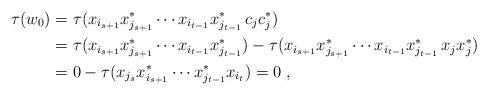
LaTeX: \begin{align*}\tau(w_0) &= \tau(x_{i_{s+1}} x_{j_{s+1}}^* \cdots x_{i_{t-1}} x_{j_{t-1}}^* \, c_j c_j^*) \\&= \tau(x_{i_{s+1}} x_{j_{s+1}}^* \cdots x_{i_{t-1}} x_{j_{t-1}}^*) - \tau(x_{i_{s+1}} x_{j_{s+1}}^* \cdots x_{i_{t-1}} x_{j_{t-1}}^* \, x_j x_j^*) \\&= 0 - \tau(x_{j_s} x_{i_{s+1}}^* \cdots x_{j_{t-1}}^* x_{i_t}) = 0 \; ,\end{align*}